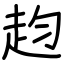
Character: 赹